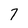
Character: 7